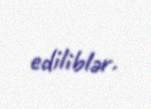
ediliblər.